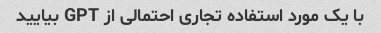
با یک مورد استفاده تجاری احتمالی از GPT بیایید